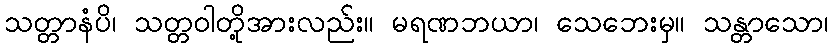
သတ္တာနံပိ၊ သတ္တဝါတို့အားလည်း။ မရဏဘယာ၊ သေဘေးမှ။ သန္တာသော၊